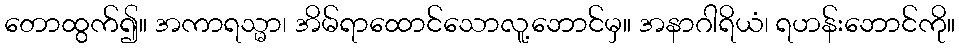
တောထွက်၍။ အကာရသ္မာ၊ အိမ်ရာထောင်သောလူ့ဘောင်မှ။ အနာဂါရိယံ၊ ရဟန်းဘောင်ကို။